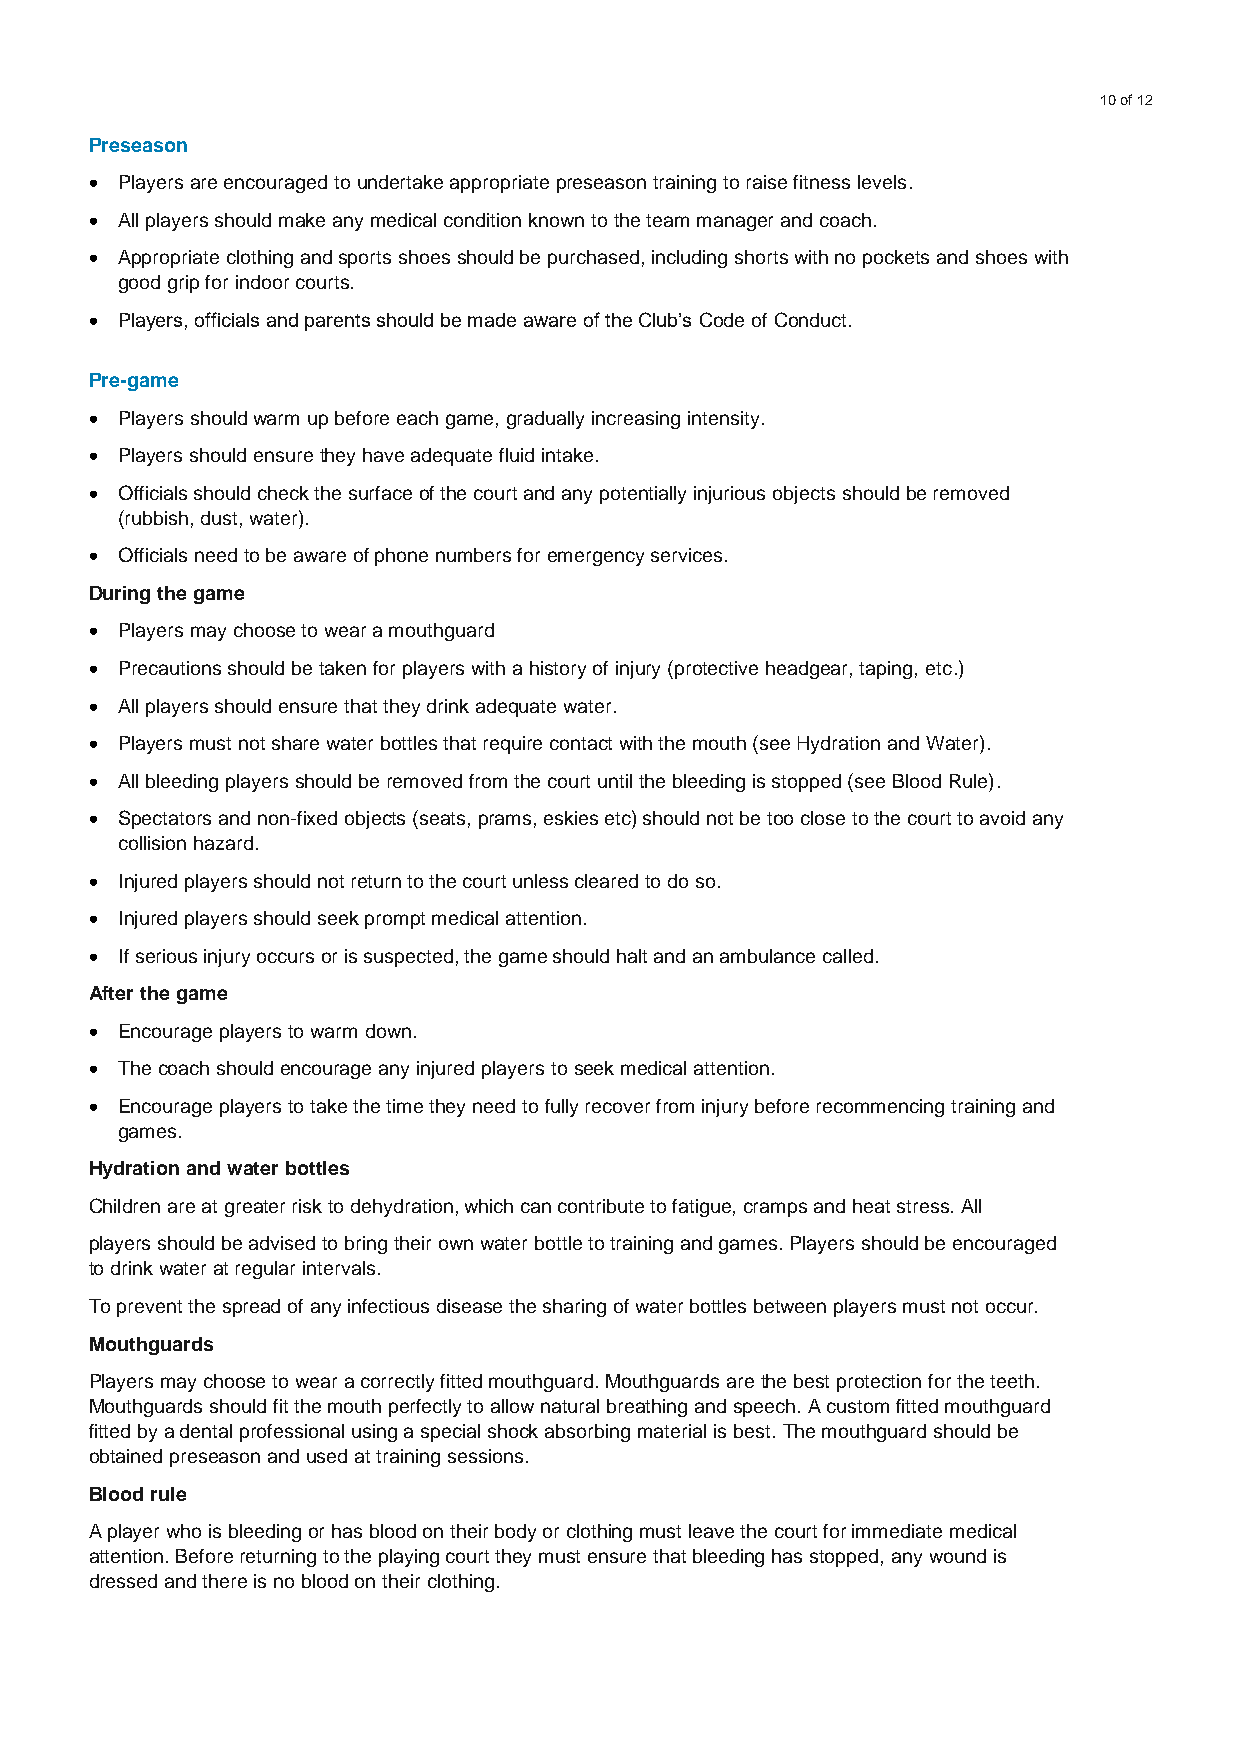
10 of 12
 Preseason
 • Players are encouraged to undertake appropriate preseason training to raise fitness levels.
 • All players should make any medical condition known to the team manager and coach.
 • Appropriate clothing and sports shoes should be purchased, including shorts with no pockets and shoes with
 good grip for indoor courts.
 • Players, officials and parents should be made aware of the Club’s Code of Conduct.
 Pre-game
 • Players should warm up before each game, gradually increasing intensity.
 • Players should ensure they have adequate fluid intake.
 • Officials should check the surface of the court and any potentially injurious objects should be removed
 (rubbish, dust, water).
 • Officials need to be aware of phone numbers for emergency services.
 During the game
 • Players may choose to wear a mouthguard
 • Precautions should be taken for players with a history of injury (protective headgear, taping, etc.)
 • All players should ensure that they drink adequate water.
 • Players must not share water bottles that require contact with the mouth (see Hydration and Water).
 • All bleeding players should be removed from the court until the bleeding is stopped (see Blood Rule).
 • Spectators and non-fixed objects (seats, prams, eskies etc) should not be too close to the court to avoid any
 collision hazard.
 • Injured players should not return to the court unless cleared to do so.
 • Injured players should seek prompt medical attention.
 • If serious injury occurs or is suspected, the game should halt and an ambulance called.
 After the game
 • Encourage players to warm down.
 • The coach should encourage any injured players to seek medical attention.
 • Encourage players to take the time they need to fully recover from injury before recommencing training and
 games.
 Hydration and water bottles
 Children are at greater risk to dehydration, which can contribute to fatigue, cramps and heat stress. All
 players should be advised to bring their own water bottle to training and games. Players should be encouraged
 to drink water at regular intervals.
 To prevent the spread of any infectious disease the sharing of water bottles between players must not occur.
 Mouthguards
 Players may choose to wear a correctly fitted mouthguard. Mouthguards are the best protection for the teeth.
 Mouthguards should fit the mouth perfectly to allow natural breathing and speech. A custom fitted mouthguard
 fitted by a dental professional using a special shock absorbing material is best. The mouthguard should be
 obtained preseason and used at training sessions.
 Blood rule
 A player who is bleeding or has blood on their body or clothing must leave the court for immediate medical
 attention. Before returning to the playing court they must ensure that bleeding has stopped, any wound is
 dressed and there is no blood on their clothing.